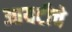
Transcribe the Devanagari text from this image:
आयटीचे